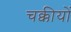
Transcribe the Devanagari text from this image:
चक्कीयों